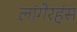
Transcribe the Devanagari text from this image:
लांगेरहंस